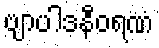
ဗျာပါဒနီဝရဏံ